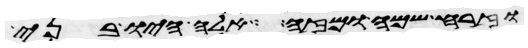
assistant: וזרח שמח ומזה אלה היו בני